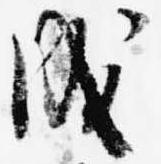
成